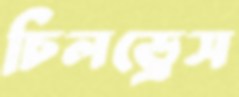
চিলড্রেস